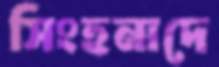
সিংহনাদে